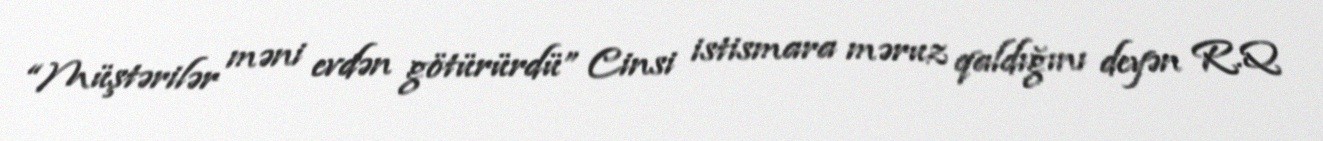
“Müştərilər məni evdən götürürdü” Cinsi istismara məruz qaldığını deyən R.Q